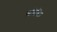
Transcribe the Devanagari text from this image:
स्वशिक्षित